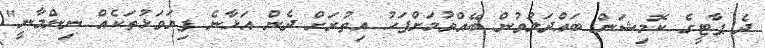
ދެ ޕާޓީގެ ކޮމިޝަން ބައްދަލުވުން ބޭއްވުމަށްފަހު އިތުރަށް ދެން އަޅާނެ ފިޔަވަޅުތަކެއް ނިންމާނީ"